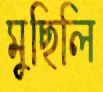
মুছিলি